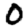
Digit: 0